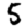
Digit: 5